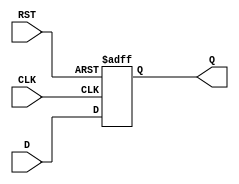
module StoreRegister (
    input wire D,        // Data input
    input wire CLK,      // Clock input
    input wire RST,      // Asynchronous reset
    output reg Q         // Data output
);

// Always block for sequential logic
always @(posedge CLK or posedge RST) begin
    if (RST) begin
        Q <= 1'b0;      // Asynchronous reset
    end else begin
        Q <= D;         // Capture data on clock edge
    end
end

endmodule